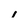
Character: 1